Report of the Indian Hemp Drugs Commission, 1894-1895 - Volume VIII
Year: 1894
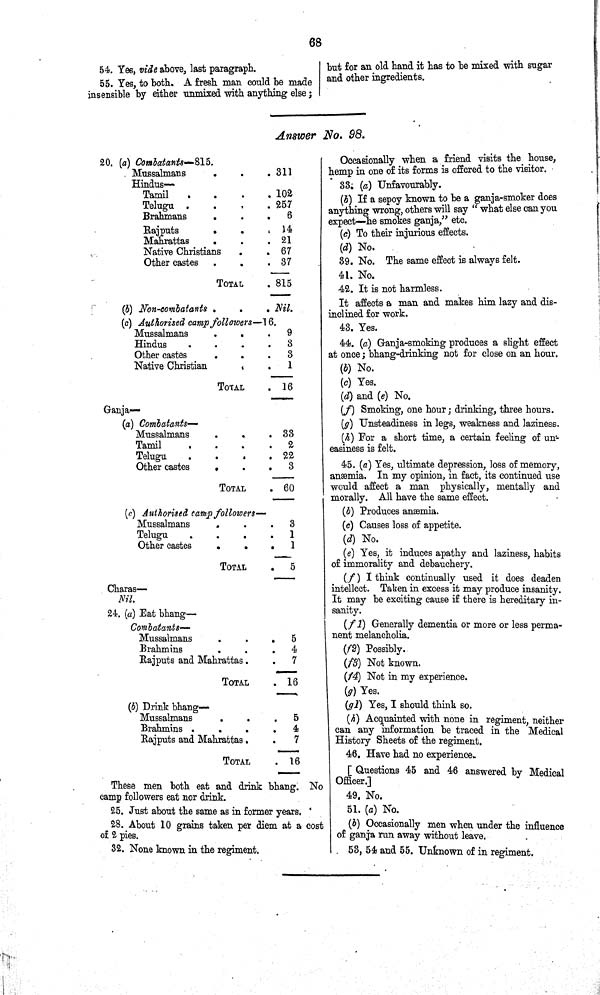
68
54. Yes, vide above, last paragraph.
55. Yes, to both. A fresh man could be made
insensible by either unmixed with anything else;
but for an old hand it has to be mixed with sugar
and other ingredients.
Answer No. 98.
20. (a) Combatants—Sib.
Mussalmans
311
Hindus—
Tamil
102
Telugu
257
Brahmans
6
Rajputs
14
Mahrattas
21
Native Christians
67
Other castes
37
TOTAL
815
(b) Non-combatants
Nil.
(c) Authorised camp followers—16.
Mussalmans
9
Hindus
3
Other castes
3
Native Christian
1
TOTAL
16
Ganja—
(a) Combatants—
Mussalmans
33
Tamil
2
Telugu
22
Other castes
3
TOTAL
60
(c) Authorised camp followers—
Mussalmans
3
Telugu
1
Other castes
1
TOTAL
5
Charas—
Nil.
24. (a) Eat bhang—
Combatants—
Mussalmans
5
Brahmins
4
Rajputs and Mahrattas.
7
TOTAL
16
(b) Drink bhang—
Mussalmans
5
Brahmins
4
Rajputs and Mahrattas.
7
TOTAL
16
These men both eat and drink bhang. No
camp followers eat nor drink.
25. Just about the same as in former years.
28. About 10 grains taken per diem at a cost
of 2 pies.
32. None known in the regiment.
Occasionally when a friend visits the house,
hemp in one of its forms is offered to the visitor.
33. (a) Unfavourably.
(b) If a sepoy known to be a ganja-smoker does
anything wrong, others will say "what else can you
expect—he smokes ganja," etc.
(c) To their injurious effects.
(d) No.
39. No. The same effect is always felt.
41. No.
42. It is not harmless.
It affects a man and makes him lazy and dis-
inclined for work.
43. Yes.
44. (a) Ganja-smoking produces a slight effect
at once; bhang-drinking not for close on an hour.
(b) No.
(c) Yes.
(d) and (e) No.
(f) Smoking, one hour; drinking, three hours.
(g) Unsteadiness in legs, weakness and laziness.
(h) For a short time, a certain feeling of un-
easiness is felt.
45. (a) Yes, ultimate depression, loss of memory,
anæmia. In my opinion, in fact, its continued use
would affect a man physically, mentally and
morally. All have the same effect.
(b) Produces anæmia.
(c) Causes loss of appetite.
(d) No.
(e) Yes, it induces apathy and laziness, habits
of immorality and debauchery.
(f) I think continually used it does deaden
intellect. Taken in excess it may produce insanity.
It may be exciting cause if there is hereditary in-
sanity.
(f1) Generally dementia or more or less perma-
nent melancholia.
(f2) Possibly.
(f3) Not known.
(f4) Not in my experience.
(g) Yes.
(g1) Yes, I should think so.
(h) Acquainted with none in regiment, neither
can any information be traced in the Medical
History Sheets of the regiment.
46. Have had no experience.
[Questions 45 and 46 answered by Medical
Officer.]
49. No.
51. (a) No.
(b) Occasionally men when under the influence
of ganja run away without leave.
53, 54 and 55. Unknown of in regiment.